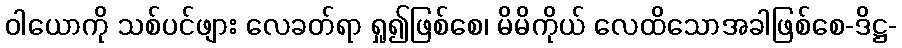
ဝါယောကို သစ်ပင်ဖျား လေခတ်ရာ ရှု၍ဖြစ်စေ၊ မိမိကိုယ် လေထိသောအခါဖြစ်စေ-ဒိဋ္ဌ-